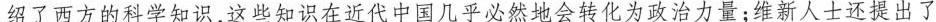
绍了西方的科学知识，这些知识在近代中国几乎必然地会转化为政治力量；维新人士还提出了